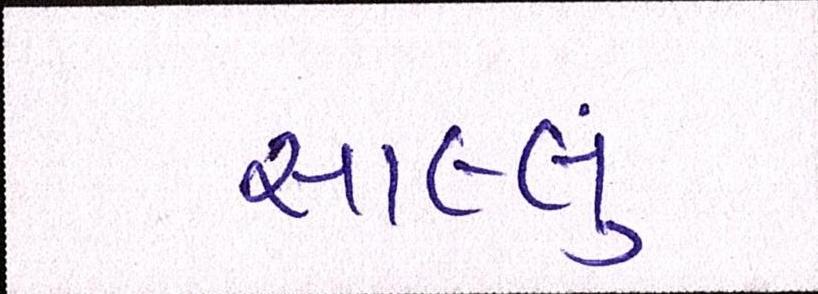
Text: સાલ્લું